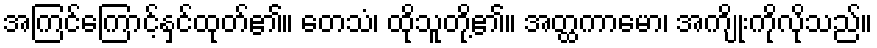
အကြင်ကြောင့်နှင်ထုတ်၏။ တေသံ၊ ထိုသူတို့၏။ အတ္ထကာမော၊ အကျိုးကိုလိုသည်။